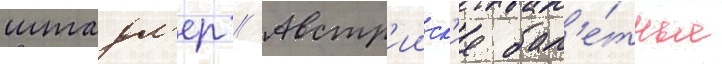
штадл'ер // Австр'ииск'ие бал'е́тные